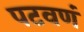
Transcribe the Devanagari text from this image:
पटवणं